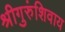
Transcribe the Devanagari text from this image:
श्रीगुरुंशिवाय